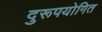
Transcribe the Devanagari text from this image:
दुरूपयोगित